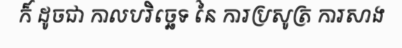
ក៏ ដូចជា កាលបរិច្ឆេទ នៃ ការប្រសូត្រ ការសាង